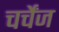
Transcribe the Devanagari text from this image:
चर्चेंज